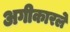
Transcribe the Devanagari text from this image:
अगीकारले